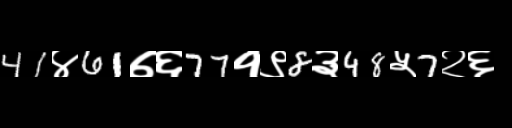
Text: 41४61७६77१९8३48५7२६